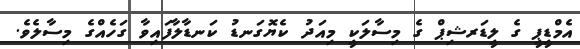
އެމްޑީޕީ ގެ ލީޑަރޝިޕް ގެ މިސާލަކީ މިއަދު ކެޔޮގަނޑު ކަނޑާލާފައިވާ ގަހެއްގެ މިސާލެވެ.